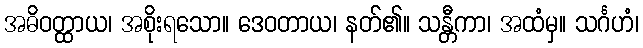
အဓိဝတ္ထာယ၊ အစိုးရသော။ ဒေဝတာယ၊ နတ်၏။ သန္တီကာ၊ အထံမှ။ သင်္ဂဟံ၊